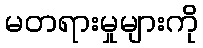
မတရားမှုများကို